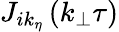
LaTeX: J_{ik_{\eta}}\left(k_{\bot}\tau\right)